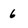
Character: 6